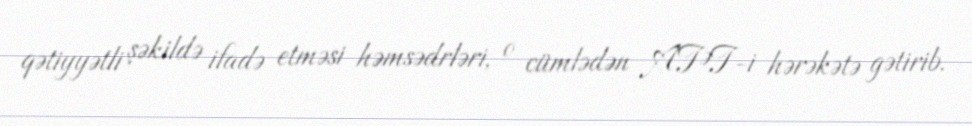
qətiyyətli şəkildə ifadə etməsi həmsədrləri, o cümlədən ATƏT-i hərəkətə gətirib.